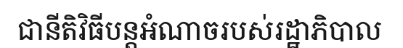
ជានីតិវិធីបន្តអំណាចរបស់រដ្ឋាភិបាល